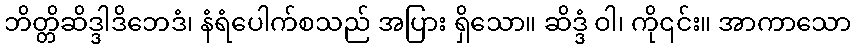
ဘိတ္တိဆိဒ္ဒါဒိဘေဒံ၊ နံရံပေါက်စသည် အပြား ရှိသော။ ဆိဒ္ဒံ ဝါ၊ ကို၎င်း။ အာကာသော